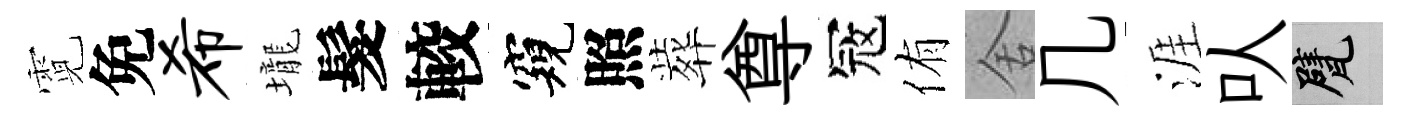
霓免希壠髮較窺照葬尊冦侑舍几涯㕥甓